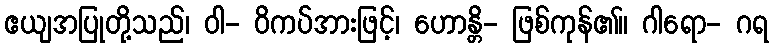
ဧယျအပြုတို့သည်၊ ဝါ- ဝိကပ်အားဖြင့်၊ ဟောန္တိ- ဖြစ်ကုန်၏။ ဂါရော- ဂရ